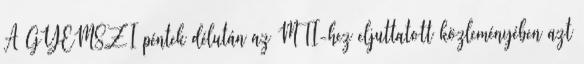
A GYEMSZI péntek délután az MTI-hez eljuttatott közleményében azt